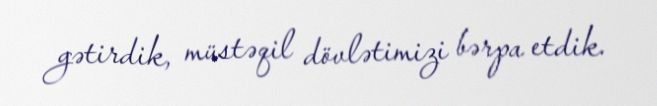
gətirdik, müstəqil dövlətimizi bərpa etdik.